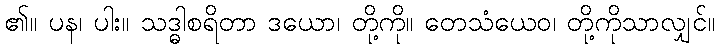
၏။ ပန၊ ပါး။ သဒ္ဓါစရိတာ ဒယော၊ တို့ကို။ တေသံယေဝ၊ တို့ကိုသာလျှင်။